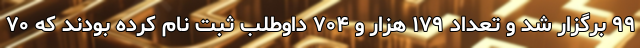
۹۹ برگزار شد و تعداد ۱۷۹ هزار و ۷۰۴ داوطلب ثبت نام کرده بودند که ۷۰